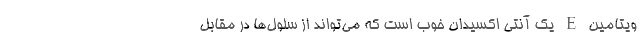
ویتامین E یک آنتی اکسیدان خوب است که می‌تواند از سلول‌ها در مقابل